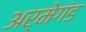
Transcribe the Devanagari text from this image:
अर्मेगंड